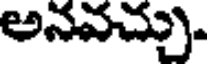
అనవచ్చు.